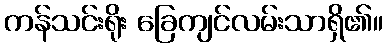
ကန်သင်းရိုး ခြေကျင်လမ်းသာရှိ၏။